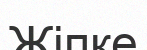
Жіпке